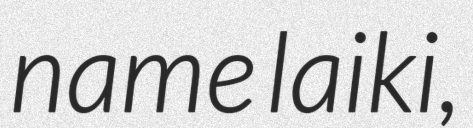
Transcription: name laiki,